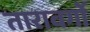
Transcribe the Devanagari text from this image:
तारावर्गो